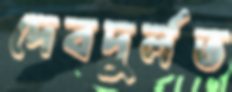
দেবদুর্লভ